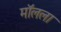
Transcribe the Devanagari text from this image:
मॉलला